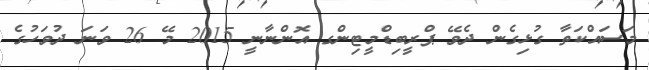
މަސައްކަތާ ގުޅިގެން ދެވޭ ޕްރީބިޑްމީޓިންގ އޮންނާނީ 2015 މޭ 26 ވަނަ ދުވަހުގެ